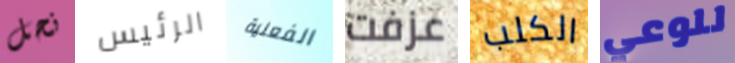
نحل الرئيس الفعلية عزفت الكلب للوعي